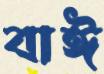
বাঈ